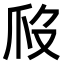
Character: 𤓶